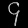
Digit: ၄